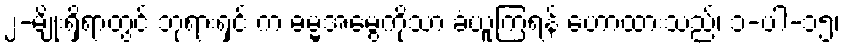
၂-မျိုးရှိရာတွင် ဘုရားရှင် က ဓမ္မအမွေကိုသာ ခံယူကြရန် ဟောထားသည်၊ ၁-ပါ-၁၅၊